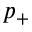
p _ { + }